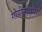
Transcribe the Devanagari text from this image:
गोपीनाथघेरा